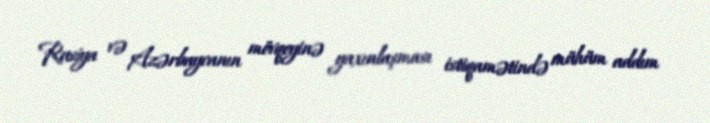
Rusiya və Azərbaycanın mövqeyinə yaxınlaşması istiqamətində mühüm addım